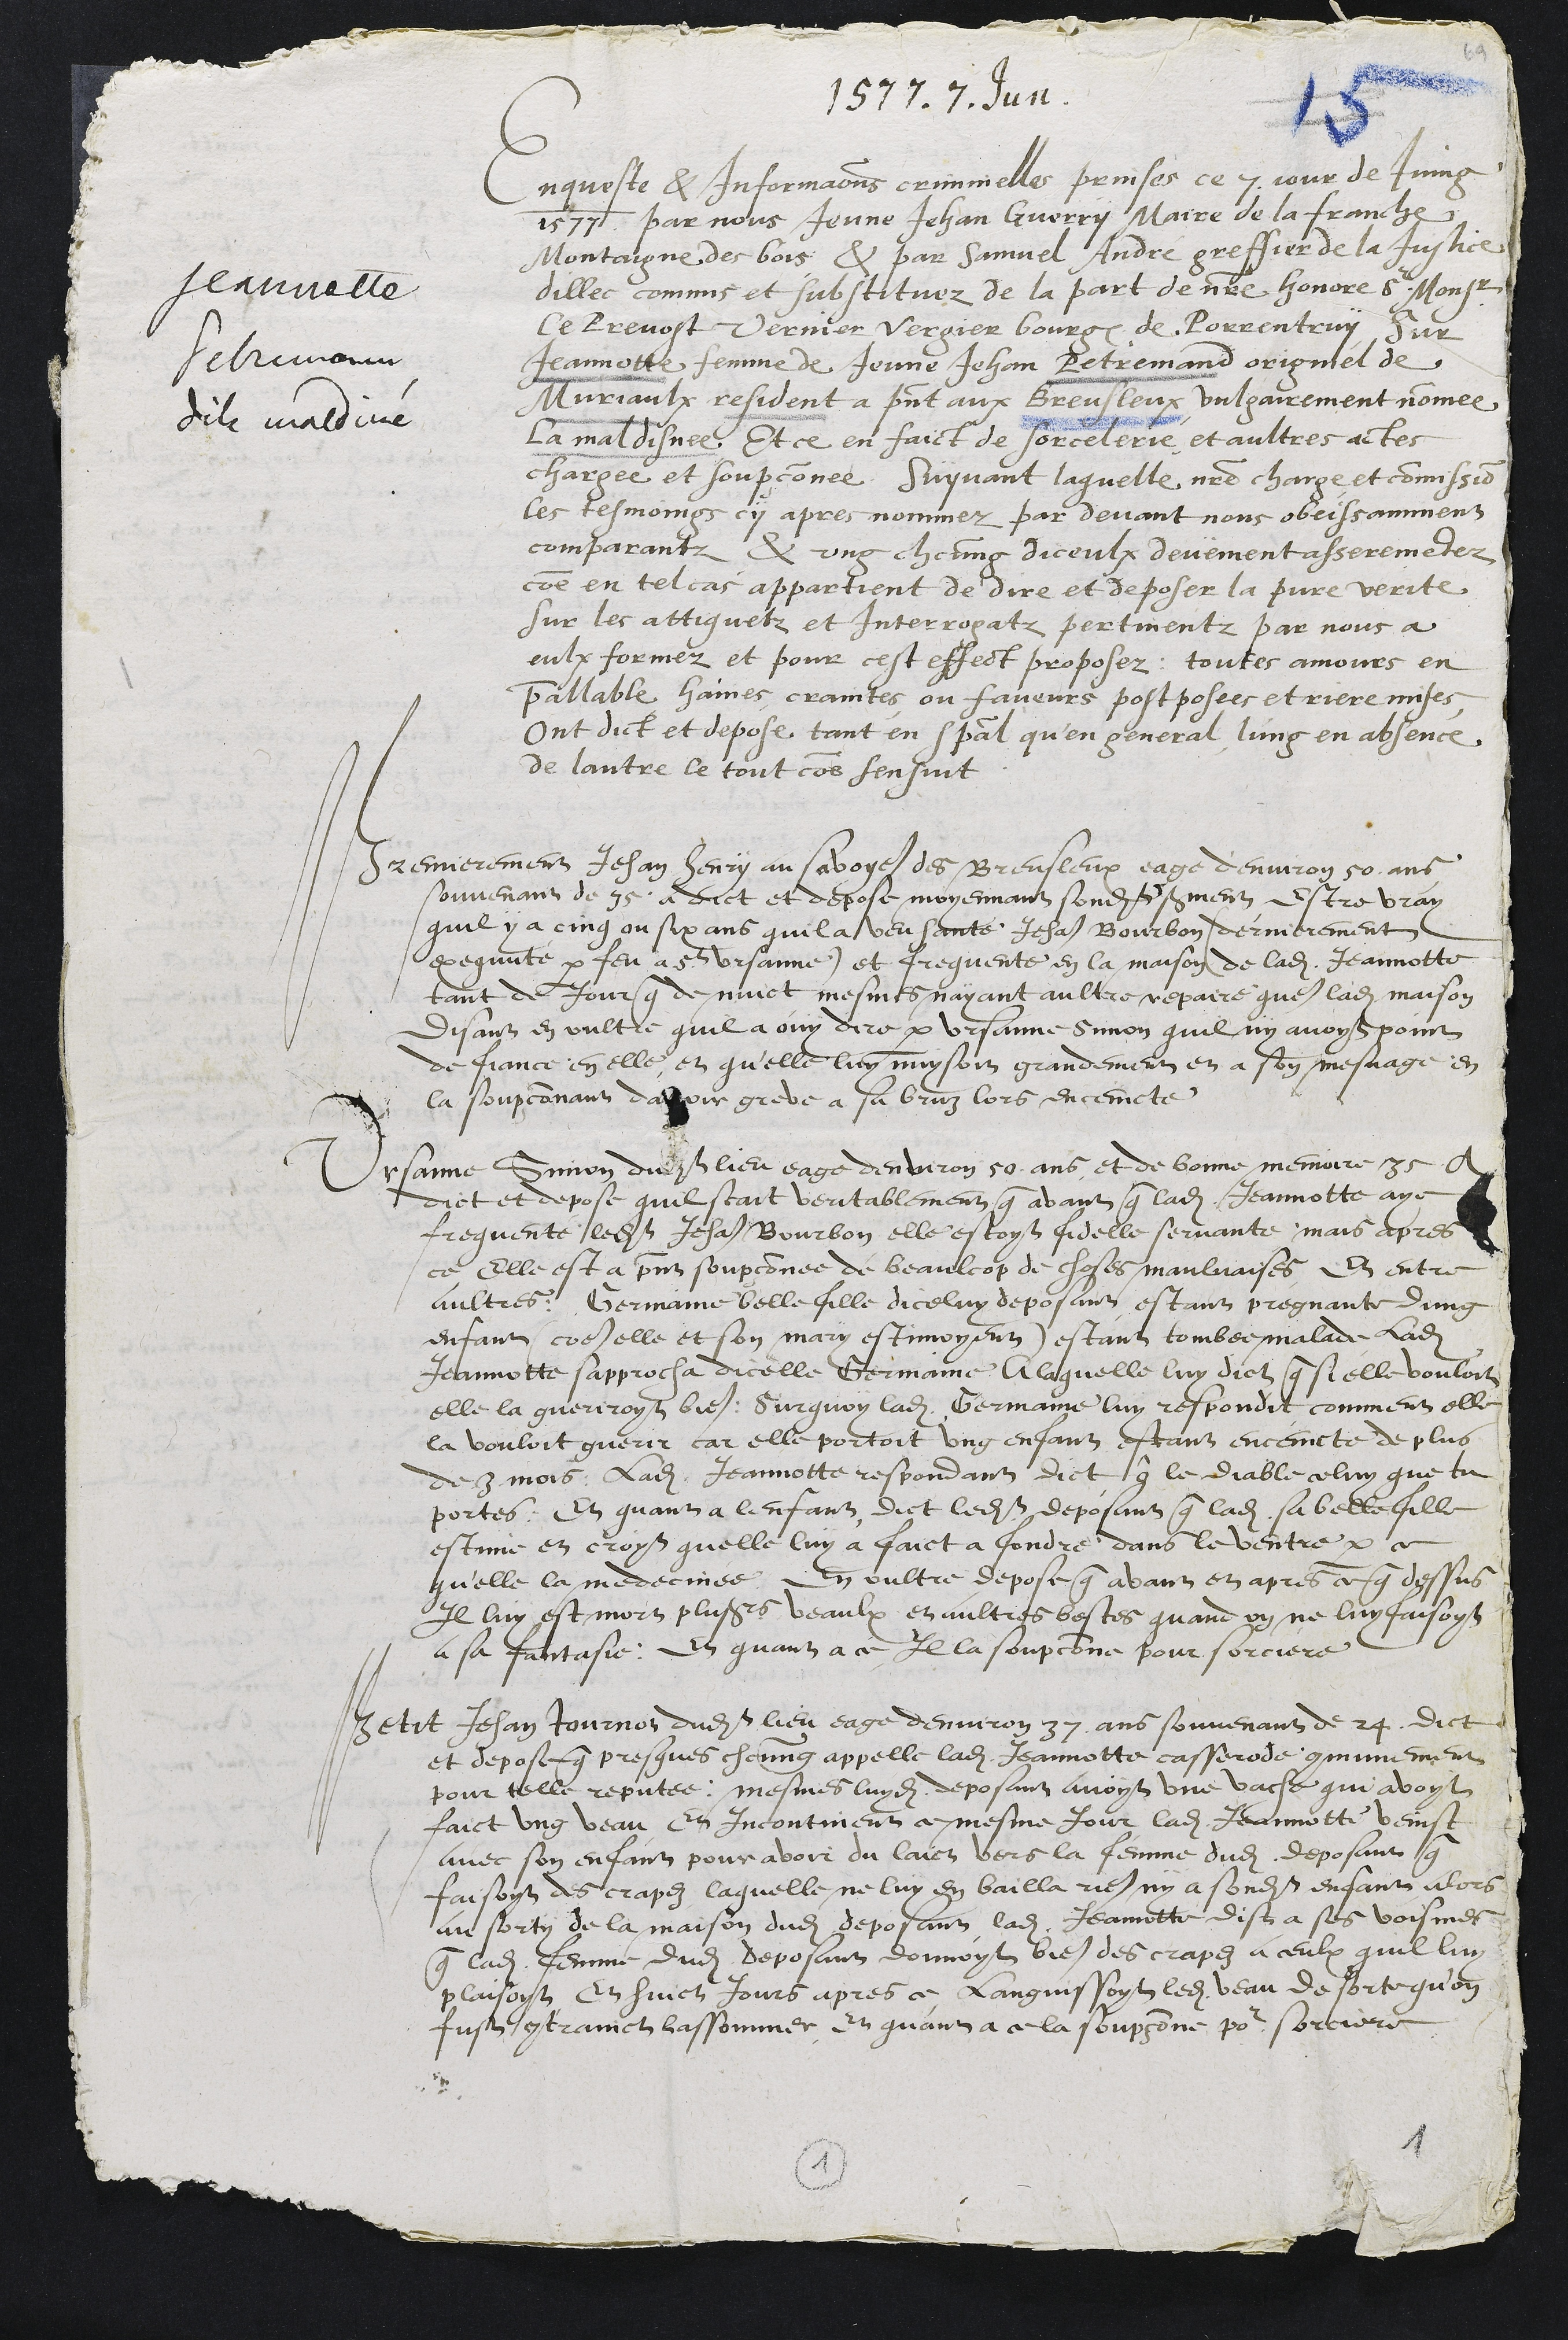
1577.7.Jun.
Jeannette
Petremann
dite maldiné
Enquête et informations criminelles prises ce 7e jour de juin
1577, par nous, JeuneJean Guerry, maire de la Franche
Montagne des Bois, et par Samuel André, greffier de la Justice
d'illec, commis et substitués de la part de notre hannoré sr Monsieur
le prévost Vernier Vergier, bourgeois de Porrentruy, sur
Jeannette, femme de JeuneJean Pétremand, originaire de
Muriaux, résidant à présent aux Breuleux, vulgairemen-t nommée
la Maldînée. Etre en fait de sorcellerie e-t autres actes
chargée et soupçonnée. Suivant laquelle notre charge et commission,
les témoins ci-après nommés par devant nous obéissamment
comparaissant, et un chacun d'eux dûment assermentés,
comme en tel cas appartient de dire et déposer la pure vérité
sur les attiguets et interrogats pertinents par nous à
eux formulés, e-t pour cet effet proposés : toutes amones (?) en
préalables haines, craintes, ou faveurs postposées et derrière mises.
Ont dit et déposé tant en particulier qu'en général, l'un en l'absence
de l'autre, le tout comme s'ensuit.
Premièrement, Jean Henri Savaiet, des Breuleux, âgé d'environ 50 ans,
souvenant de 35, a dit et déposé, moyennant sandit serment, être vrai
qu'il y a cinq au six ans qu'il a vu sauter Jean Bourbon, dernièrement
exécuté par feu à St. -Ursanne, et fréquenter en la maison de ladite Jeannette
tant de jour que de nuit, même n'ayant autre repaire que ladite maison;
disant en outre qu'il a ouï dire par Ursanne Simon qu'il n'y avait point
de franche en elle, et qu'elle lui nuisait grandement et à soi-même en
la soupçonnant d'avoir grevé à sa bru, alors enceinte.
Ursanne Simon, dudit lieu, âgé d'environ 50 ans, et de bonne mémoire 35, a
dit et déposé que c'était véritablement qu'avant que ladite Jeannette ait
fréquente ledit Jean Bourbon, elle étai-t fidèle servante, mais après
ce, elle est à présent soupçonnée de beaucoup de choses mauvaises, et entre
autres : Germaine, belle-fille d'icelui déposant, étant pregnante d'un
enfant (comme elle e-t son mari estimaient), étant tombée malade, ladite
Jeannette s'approcha d'icelle Germaine. A laquelle lui dit que si elle voulait,
elle la guérirait bien. Surquoi ladite Germaine lui répondit comment elle
la voulait guérir, car elle partait un enfant, étant enceinte de plus
de 3 mois. Ladite Jeannette répondant, dit : "0, le diable celui que tu
portes. " Et quant a l'enfant, di-k ledit déposant que ladite sa belle-fille
est mise en croix, qu'elle lui a fait fondre dans le ventre parce
qu'elle l'a médecines. En outre, dépose qu'avant et après ce que dessus,
il lui est mort plusieurs veaux et autres bêtes, quand on ne lui faisait
à sa fantaisie. Et quant à ce, il la soupçonne pour sorcière.
Petit Jean Tournon, dudit lieu, âgé d'environ 37 ans, souvenant de 24, dit
et dépose que presque chacun appelle ladite Jeannette casserods, communêmBnt
pour telle réputée. Même luidit déposant avait une vache qui avait
fait un veau, et incontinent ce même jour, ladite Jeannette vint
avec son enfant pour avoir du lait voir la femme audit déposant qui
faisant des crapes, laquelle ne lui en bailla rien, ni à sondit enfant. Alors,
au sortir de la maison dudit déposant, ladite Jeannette dit à ses voisines
que ladite femme dudi-t déposant donnait bien des crapes à ceux qu'il lui
plaisait. Et huit jours après ce languissait ledit veau, de sorte qu'on
fut contraint de l'assomer. Et quant à cela, soupçonne pour sorcière.